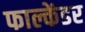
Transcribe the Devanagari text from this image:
फाल्केंडर